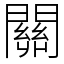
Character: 關